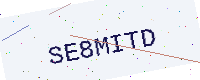
Text: SE8MITD